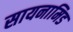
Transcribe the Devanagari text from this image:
सायनामिड